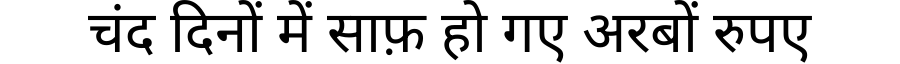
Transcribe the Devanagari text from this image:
चंद दिनों में साफ़ हो गए अरबों रुपए